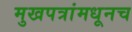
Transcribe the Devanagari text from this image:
मुखपत्रांमधूनच